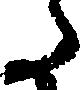
た